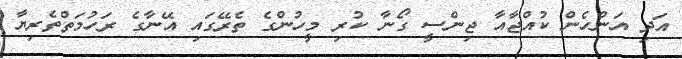
އަދި އަންހެން ކުއްޖާއާ ޖިންސީ ގޯނާ ކުރި މީހުންގެ ތެރޭގައި އޭނާގެ ރަހުމަތްތެރިޔާ